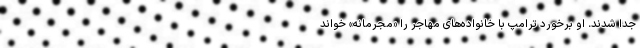
جدا شدند. او برخورد ترامپ با خانواده‌های مهاجر را «مجرمانه» خواند